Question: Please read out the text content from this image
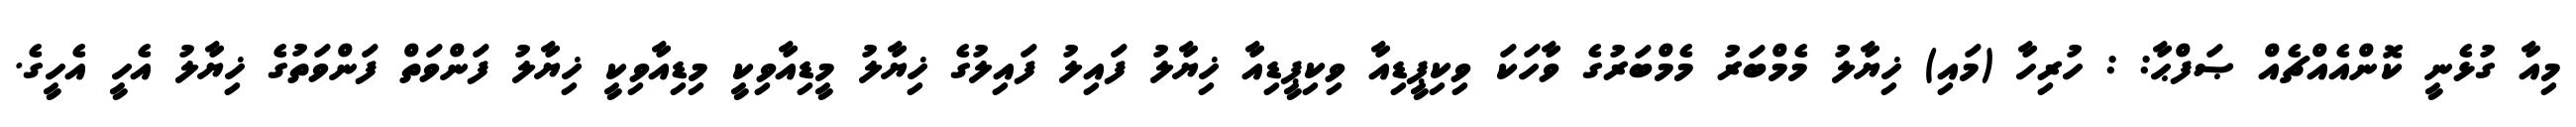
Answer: މިއާ ގުޅެނީ ކޮންއެއްޗެއް ޞަފްޙާ: : ހުރިހާ (މައި) ޚިޔާލު މެމްބަރު މެމްބަރުގެ ވާހަކަ ވިކިޕީޑިއާ ވިކިޕީޑިއާ ޚިޔާލު ފައިލު ފައިލުގެ ޚިޔާލު މީޑިއާވިކީ މިޑިއާވިކީ ޚިޔާލު ފަންވަތް ފަންވަތުގެ ޚިޔާލު އެހީ އެހީގެ.